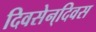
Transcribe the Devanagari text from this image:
दिवसेन्‌दिवस